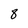
Character: 8